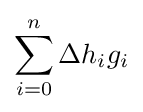
\sum _{i=0}^{n}\Delta h_{i}g_{i}